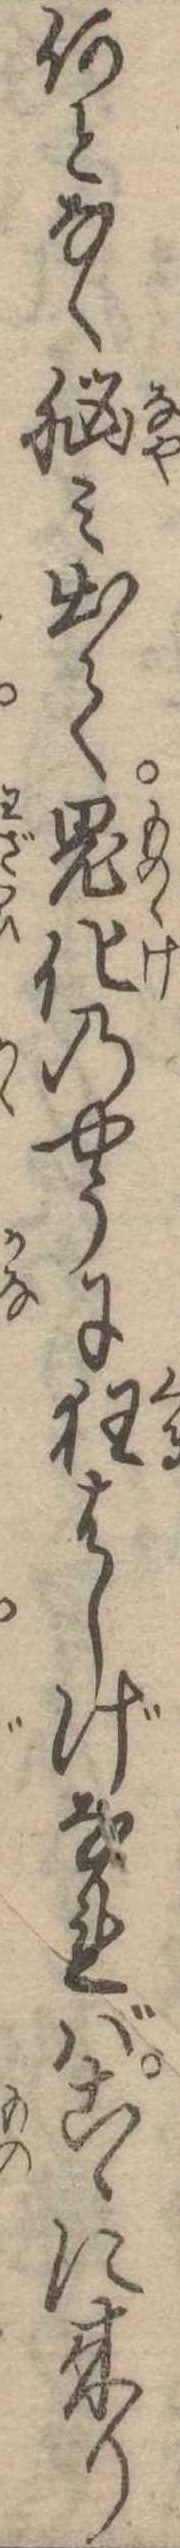
何となく脳み出て鬼化のやうに狂はしげなればこゝに来り